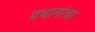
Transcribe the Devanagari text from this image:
प्रधानांचा